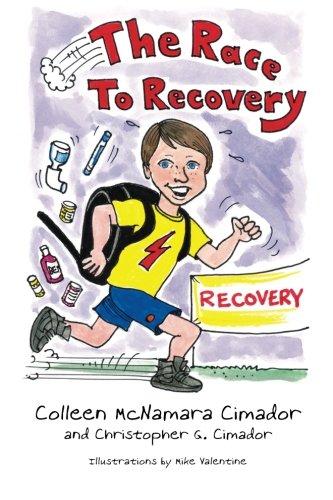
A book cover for The Race to Recovery; Colleen McNamara Cimador; Health, Fitness & Dieting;